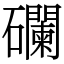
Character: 䃹